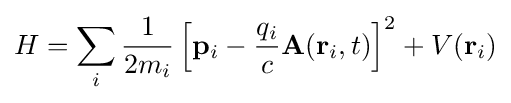
H=\sum _{i}{\frac {1}{2m_{i}}}\left[\mathbf {p} _{i}-{\frac {q_{i}}{c}}\mathbf {A} (\mathbf {r} _{i},t)\right]^{2}+V(\mathbf {r} _{i})